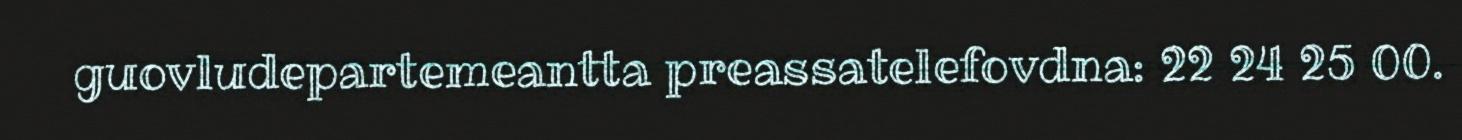
guovludepartemeantta preassatelefovdna: 22 24 25 00.